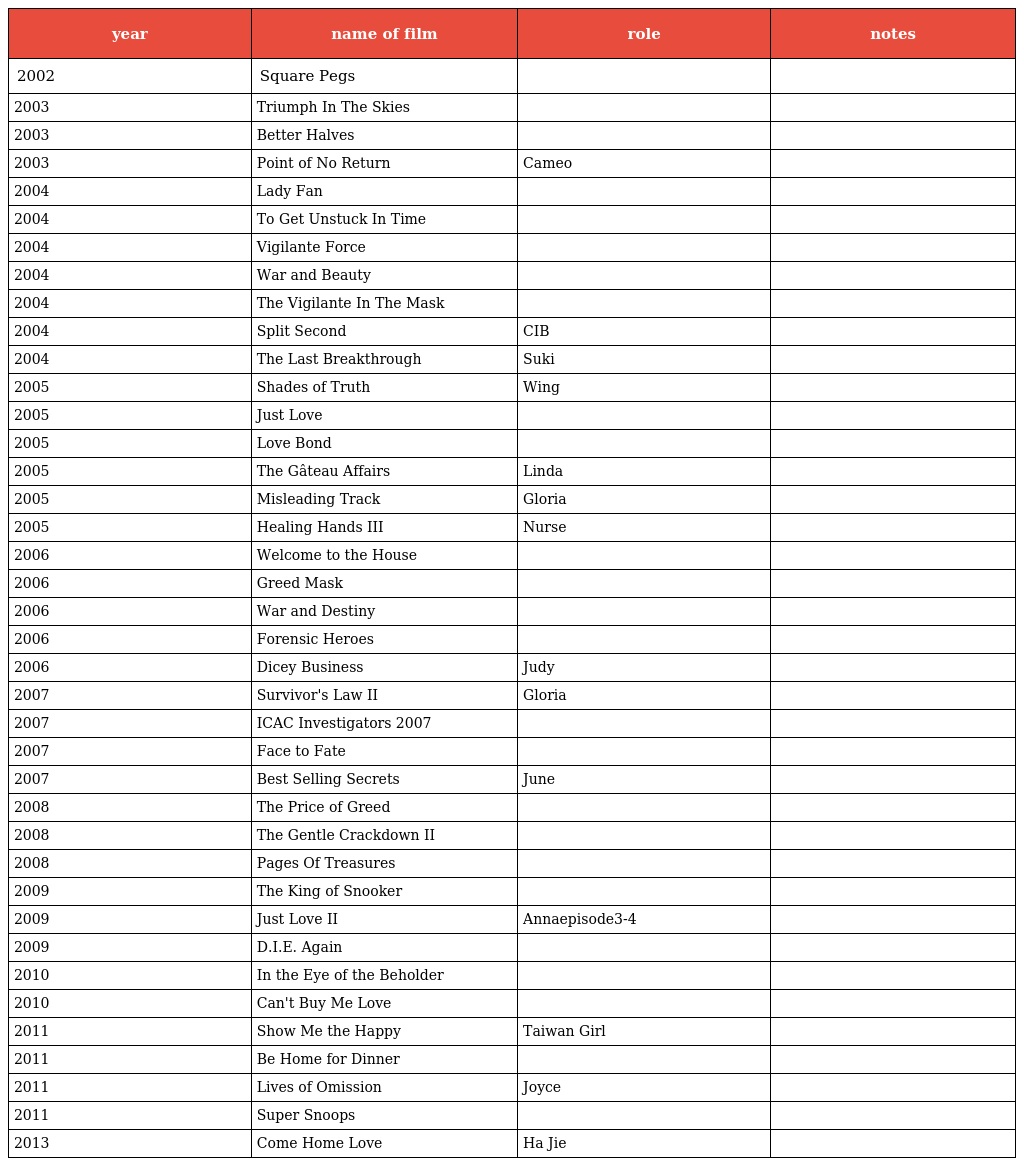
| year | name of film | role | notes |
 | --- | --- | --- | --- |
 | 2002 | Square Pegs | 小　桃 |  |
 | 2003 | Triumph In The Skies | 孫雅麗 |  |
 | 2003 | Better Halves | 艷道姑 |  |
 | 2003 | Point of No Return | Cameo |  |
 | 2004 | Lady Fan | 薛府丫環 |  |
 | 2004 | To Get Unstuck In Time | 丁芷韻 |  |
 | 2004 | Vigilante Force | 護士 |  |
 | 2004 | War and Beauty | 金　蘭 |  |
 | 2004 | The Vigilante In The Mask | 蘇　柔 |  |
 | 2004 | Split Second | CIB探員 |  |
 | 2004 | The Last Breakthrough | Suki |  |
 | 2005 | Shades of Truth | Wing |  |
 | 2005 | Just Love | 職　員 |  |
 | 2005 | Love Bond | 小太妹 |  |
 | 2005 | The Gâteau Affairs | 劉　蓮（Linda） |  |
 | 2005 | Misleading Track | Gloria |  |
 | 2005 | Healing Hands III | Nurse |  |
 | 2006 | Welcome to the House |  |  |
 | 2006 | Greed Mask | 方敏芝 |  |
 | 2006 | War and Destiny | 莫惠蘭 |  |
 | 2006 | Forensic Heroes | 馮小花 |  |
 | 2006 | Dicey Business | Judy |  |
 | 2007 | Survivor's Law II | Gloria |  |
 | 2007 | ICAC Investigators 2007 | 小　玲 |  |
 | 2007 | Face to Fate | 江碧玲 |  |
 | 2007 | Best Selling Secrets | June |  |
 | 2008 | The Price of Greed | 劉欣欣 |  |
 | 2008 | The Gentle Crackdown II | 陳美娥 |  |
 | 2008 | Pages Of Treasures | 阿　玲 |  |
 | 2009 | The King of Snooker | 錢嘉嘉 |  |
 | 2009 | Just Love II | Anna（episode3-4） |  |
 | 2009 | D.I.E. Again | 徐詠虹 |  |
 | 2010 | In the Eye of the Beholder | 孟麗嫦 |  |
 | 2010 | Can't Buy Me Love | 孫貴妃 |  |
 | 2011 | Show Me the Happy | Taiwan Girl |  |
 | 2011 | Be Home for Dinner |  |  |
 | 2011 | Lives of Omission | Joyce |  |
 | 2011 | Super Snoops | 崔智莠 |  |
 | 2013 | Come Home Love | Ha Jie |  |